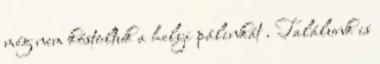
még nem kóstoltuk a helyi pálinkát . Találunk is